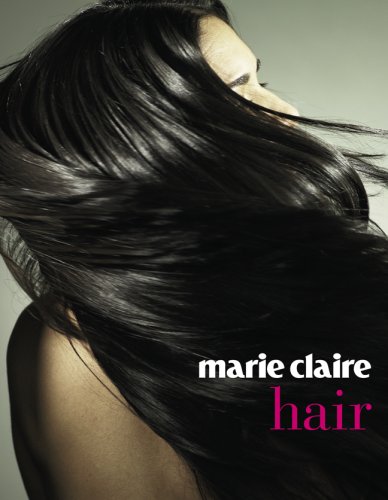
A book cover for Marie Claire Hair; Health, Fitness & Dieting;